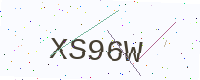
Text: XS96W